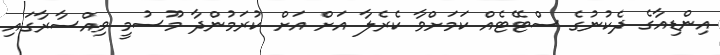
އިންޑިއާގެ ދެކުނުގެ ސްޓޭޓެއް ކަމަށްވާ ކެރެލާ އަށް އަށް ކުރަމުންދާ މޫސުމީ ވިިއްްސާރާގައި